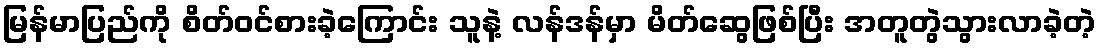
မြန်မာပြည်ကို စိတ်ဝင်စားခဲ့ကြောင်း သူနဲ့ လန်ဒန်မှာ မိတ်ဆွေဖြစ်ပြီး အတူတွဲသွားလာခဲ့တဲ့